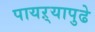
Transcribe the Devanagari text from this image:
पायऱ्यापुढे